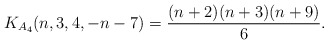
\begin{gather*} K_{A_{4}} (n,3,4,-n-7) = \frac{(n+2)(n+3)(n+9)}{6}.\end{gather*}